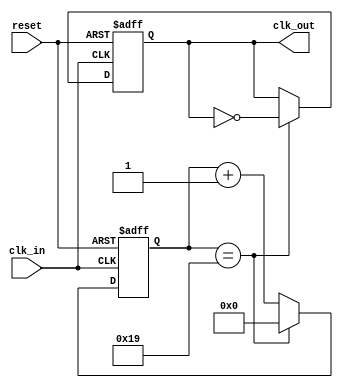
/* Generated by Yosys 0.27+22 (git sha1 53c0a6b78, clang 11.0.1-2 -fPIC -Os) */

module clk_rdg3(reset, clk_in, clk_out);
  wire _0_;
  wire _1_;
  wire [12:0] _2_;
  wire [12:0] _3_;
  wire _4_;
  reg _5_;
  reg [12:0] _6_ = 13'h0000;
  input clk_in;
  wire clk_in;
  output clk_out;
  wire clk_out;
  input reset;
  wire reset;
  wire sig_clk;
  wire [12:0] sig_prescale;
  assign _3_ = _0_ ? 13'h0000 : _2_;
  assign _4_ = _0_ ? _1_ : sig_clk;
  always @(posedge clk_in, posedge reset)
    if (reset) _5_ <= 1'h0;
    else _5_ <= _4_;
  always @(posedge clk_in, posedge reset)
    if (reset) _6_ <= 13'h0000;
    else _6_ <= _3_;
  assign _0_ = sig_prescale == 13'h0019;
  assign _1_ = ~ sig_clk;
  assign _2_ = sig_prescale + 13'h0001;
  assign sig_clk = _5_;
  assign sig_prescale = _6_;
  assign clk_out = sig_clk;
endmodule